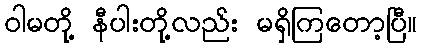
ဝါမတို့ နီပါးတို့လည်း မရှိကြတော့ပြီ။